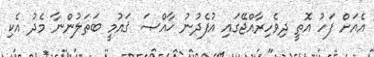
އެއަށް ފަހު އޮތީ ދިވެހިރާއްޖޭގައި އުފެދުނު ޚާއްޞަ ޤައުމީ ބަޠަލުންނާ މެދު އެކި